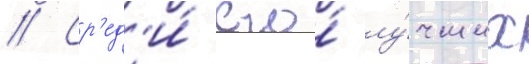
// Ср'ед'и́ его́ лу́чших